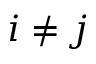
i \neq j